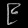
Digit: ၉